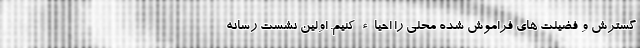
گسترش و فضیلت های فراموش شده محلی را احیاء کنیم. اولین نشست رسانه